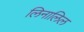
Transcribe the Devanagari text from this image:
लिनालिल